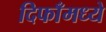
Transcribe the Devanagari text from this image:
दिफाँमध्ये